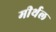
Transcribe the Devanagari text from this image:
मीर्थल